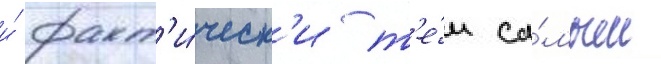
и́ факт'и́ческ'и т'е́м са́мым